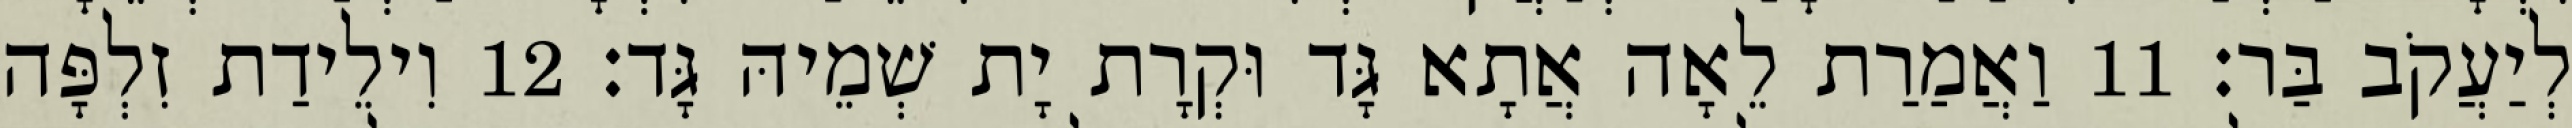
לְיַעֲקֹב בַּר׃ 11 וַאֲמַרַת לֵאָה אֲתָא גָּד וּקְרָת יָת שְׁמֵיהּ גָּד׃ 12 וִילֵידַת זִלְפָּה